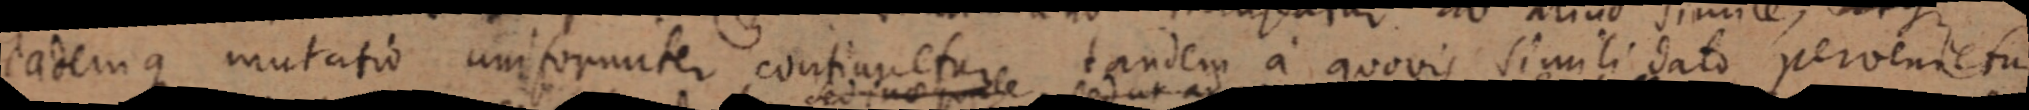
lateruque mutatio unifonnter contianeture tandem a quovis simili dato pervenieti